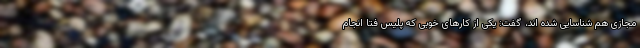
مجازی هم شناسایی شده اند، گفت: یکی از کارهای خوبی که پلیس فتا انجام